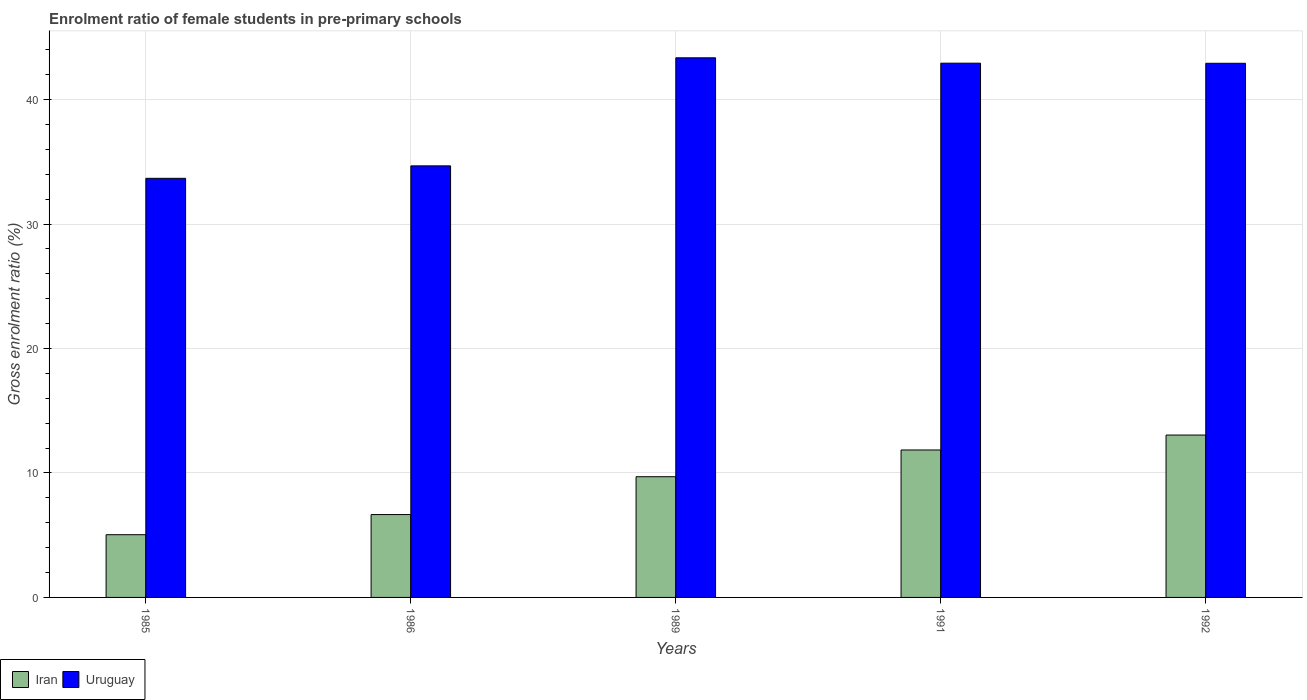
| Years | Iran | Uruguay |
 | --- | --- | --- |
 | 1985 | 5.04 | 33.7 |
 | 1986 | 6.66 | 34.7 |
 | 1989 | 9.7 | 43.4 |
 | 1991 | 11.8 | 42.9 |
 | 1992 | 13 | 42.9 |